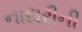
નાદારીની